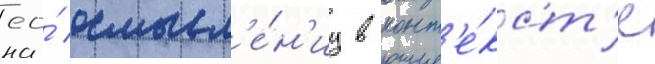
ео́ осмысл'е́н'иу в конт'е́кст'е